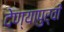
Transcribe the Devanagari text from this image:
देण्यापुर्वी